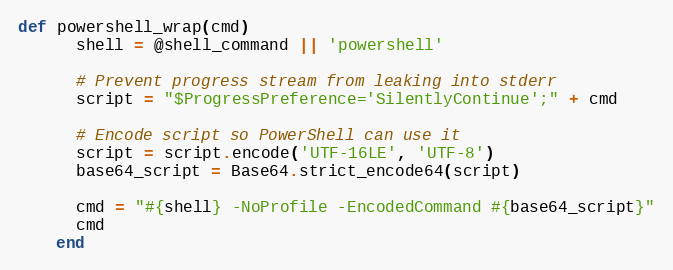
Language: Ruby
def powershell_wrap(cmd)
      shell = @shell_command || 'powershell'

      # Prevent progress stream from leaking into stderr
      script = "$ProgressPreference='SilentlyContinue';" + cmd

      # Encode script so PowerShell can use it
      script = script.encode('UTF-16LE', 'UTF-8')
      base64_script = Base64.strict_encode64(script)

      cmd = "#{shell} -NoProfile -EncodedCommand #{base64_script}"
      cmd
    end